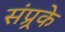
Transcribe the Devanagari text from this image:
संप्र्रके